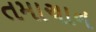
તમાચાન